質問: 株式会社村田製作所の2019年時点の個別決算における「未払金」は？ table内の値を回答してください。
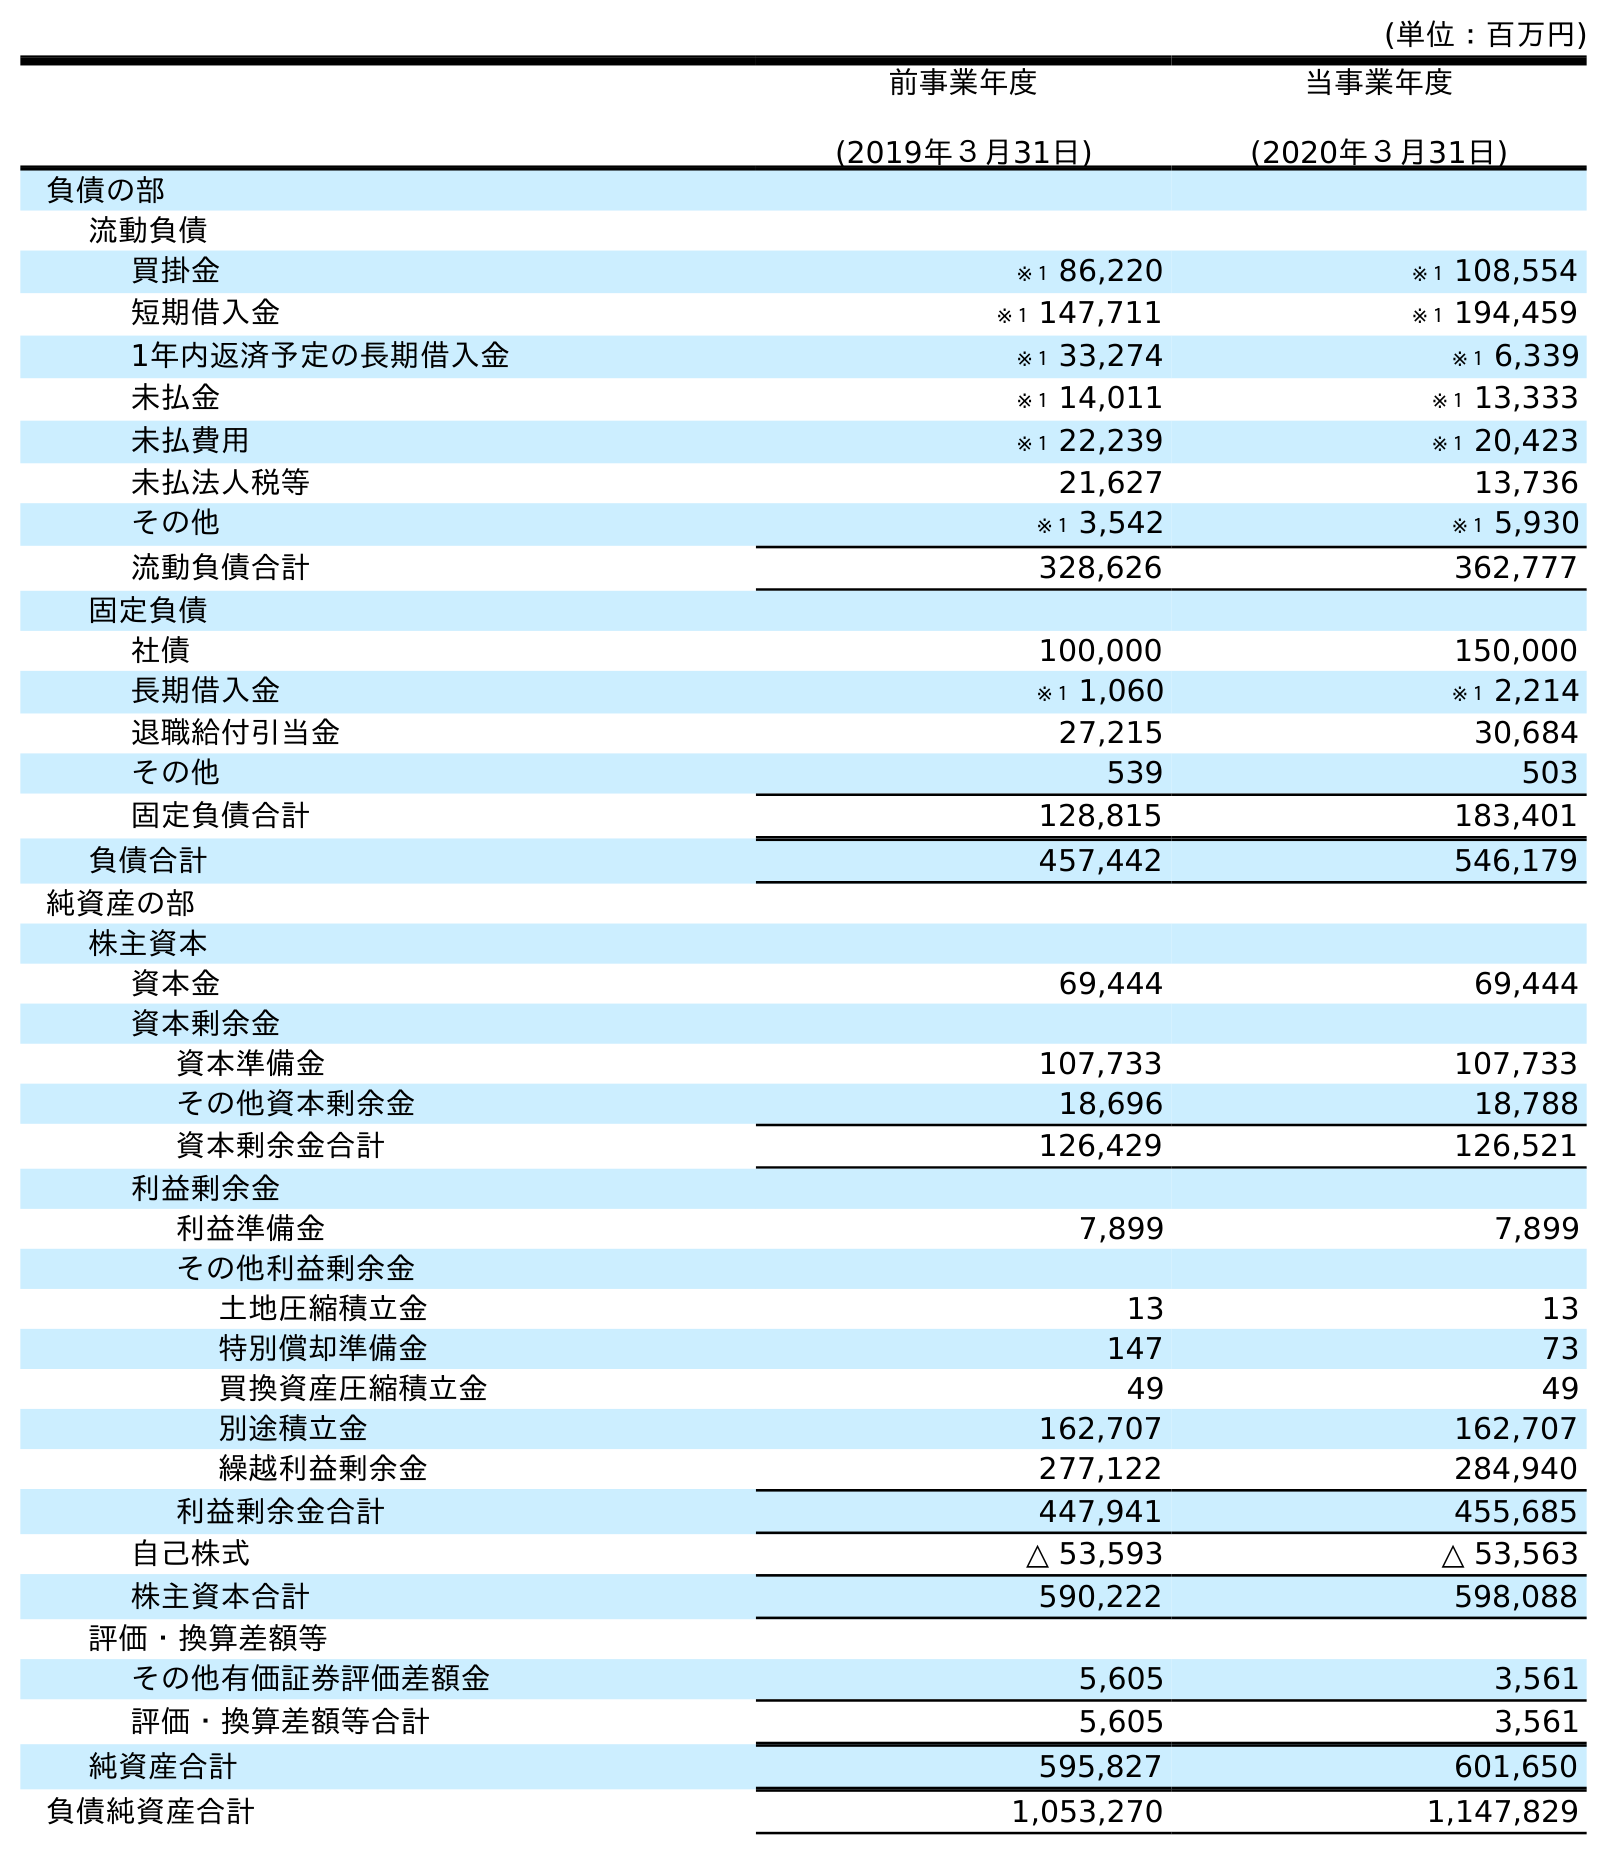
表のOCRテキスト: (単位：百万円) 前事業年度 (2019年３月31日) 当事業年度 (2020年３月31日) 負債の部 流動負債 買掛金 ※１ 86,220 ※１ 108,554 短期借入金 ※１ 147,711 ※１ 194,459 1年内返済予定の長期借入金 ※１ 33,274 ※１ 6,339 未払金 ※１ 14,011 ※１ 13,333 未払費用 ※１ 22,239 ※１ 20,423 未払法人税等 21,627 13,736 その他 ※１ 3,542 ※１ 5,930 流動負債合計 328,626 362,777 固定負債 社債 100,000 150,000 長期借入金 ※１ 1,060 ※１ 2,214 退職給付引当金 27,215 30,684 その他 539 503 固定負債合計 128,815 183,401 負債合計 457,442 546,179 純資産の部 株主資本 資本金 69,444 69,444 資本剰余金 資本準備金 107,733 107,733 その他資本剰余金 18,696 18,788 資本剰余金合計 126,429 126,521 利益剰余金 利益準備金 7,899 7,899 その他利益剰余金 土地圧縮積立金 13 13 特別償却準備金 147 73 買換資産圧縮積立金 49 49 別途積立金 162,707 162,707 繰越利益剰余金 277,122 284,940 利益剰余金合計 447,941 455,685 自己株式 △ 53,593 △ 53,563 株主資本合計 590,222 598,088 評価・換算差額等 その他有価証券評価差額金 5,605 3,561 評価・換算差額等合計 5,605 3,561 純資産合計 595,827 601,650 負債純資産合計 1,053,270 1,147,829
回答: ※１14,011